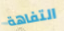
التفاهة